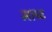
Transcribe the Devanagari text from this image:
माच्ट